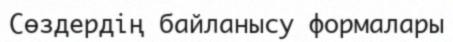
Сөздердің байланысу формалары